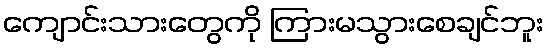
ကျောင်းသားတွေကို ကြားမသွားစေချင်ဘူး